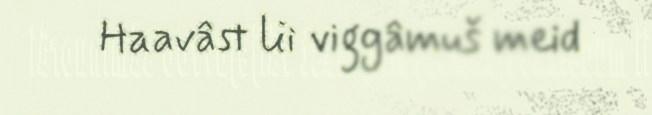
Haavâst lii viggâmuš meid